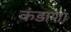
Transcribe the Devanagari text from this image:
कंडाणा